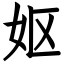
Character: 妪